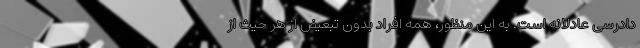
دادرسی عادلانه است. به این منظور، همه افراد بدون تبعیض از هر حیث از